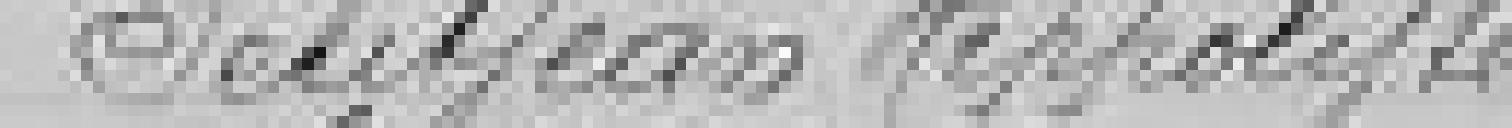
PetitJean Hippolyte